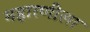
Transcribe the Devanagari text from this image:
महारणीला